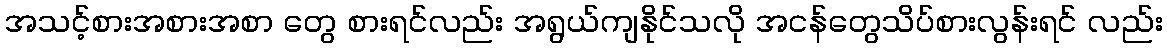
အသင့်စားအစားအစာ တွေ စားရင်လည်း အရွယ်ကျနိုင်သလို အငန်တွေသိပ်စားလွန်းရင် လည်း